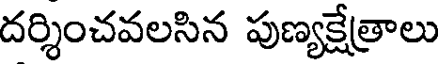
దర్శించవలసిన పుణ్యక్షేత్రాలు